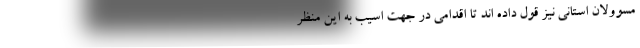
مسوولان استانی نیز قول داده اند تا اقدامی در جهت اسیب به این منظر